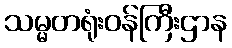
သမ္မတရုံးဝန်ကြီးဌာန